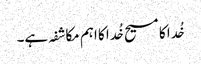
خُدا کا مسیح خُدا کا اہم مکاشفہ ہے۔